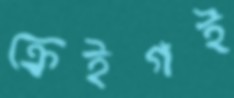
ক্রেইগই